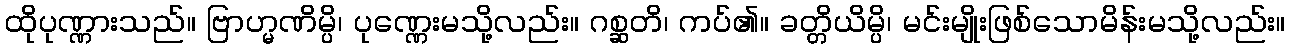
ထိုပုဏ္ဏားသည်။ ဗြာဟ္မဏိမ္ပိ၊ ပုဏ္ဏေးမသို့လည်း။ ဂစ္ဆတိ၊ ကပ်၏။ ခတ္တိယိမ္ပိ၊ မင်းမျိုးဖြစ်သောမိန်းမသို့လည်း။